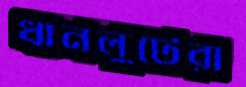
ধানলুটেরা